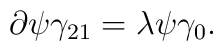
\partial\psi\gamma_{21} = \lambda\psi\gamma_0  .